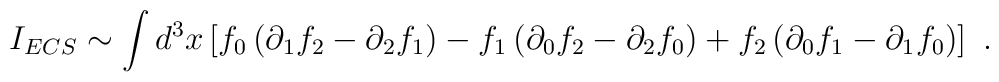
I_{ECS} \sim \int d^3x\left[f_0\left(\partial_1f_2-\partial_2f_1\right)-f_1\left(\partial_0f_2-\partial_2f_0\right)+f_2\left(\partial_0f_1-\partial_1f_0\right)\right]\ .